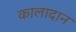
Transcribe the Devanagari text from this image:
कालादान